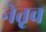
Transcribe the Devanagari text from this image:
नेतृव